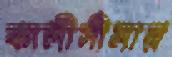
কালীসীমার